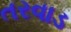
તરવાડ